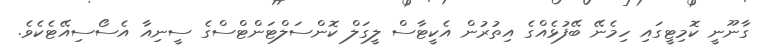
ގާނޫނީ ކޮމިޓީގައި ހިމެނޭ ބޭފުޅެއްގެ އިތުރުން އެކީޓާސް ލީގަލް ކޮންސަލްޓަންޓްސްގެ ސީނިއާ އެސޯސިއޭޓެކެވެ.